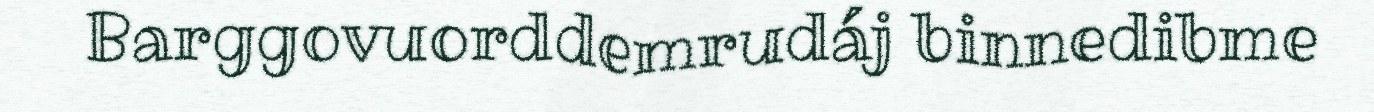
Barggovuorddemrudáj binnedibme